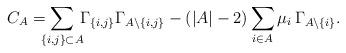
LaTeX: \begin{align*}C_{A}=\smashoperator{\sum_{\{i,j\}\subset A}}\,\Gamma_{\{i,j\}}\Gamma_{A\setminus \{i,j\}}-(|A|-2)\sum_{i\in A}\mu_i\, \Gamma_{A\setminus \{i\}}.\end{align*}